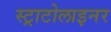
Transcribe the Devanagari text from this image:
स्ट्राटोलाइनर